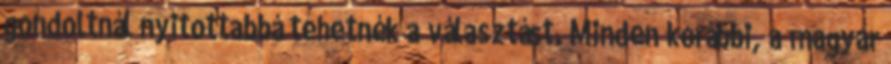
gondoltnál nyitottabbá tehetnék a választást. Minden korábbi, a magyar